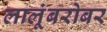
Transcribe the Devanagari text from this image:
लालूंबरोबर